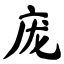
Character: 庞